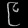
Digit: ၉